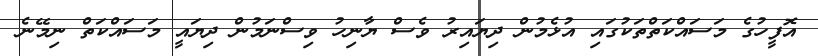
އޮފީހުގެ މަސައްކަތްތަކުގައި އުޅެމުން ދިޔައިރު ވެސް ޔާނިހު ވިސްނަމުން ދިޔައީ މަސައްކަތް ނިމޭނެ